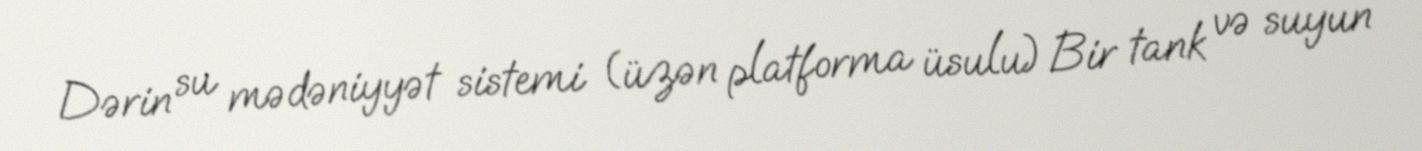
Dərin su mədəniyyət sistemi (üzən platforma üsulu) Bir tank və suyun